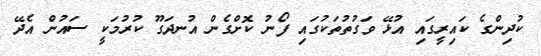
ކުދިންގެ ކައިރީގައި އުޅޭ ވަގުތުތަކުގައި ފޯނު ކޮށްގެން އުނދަގޫ ކުރުމަކީ ސައުން އެދޭ